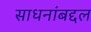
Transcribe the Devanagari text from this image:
साधनांबद्दल